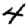
Digit: 4